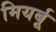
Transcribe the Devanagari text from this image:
मियर्बू